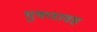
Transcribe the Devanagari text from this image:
भुषणावह